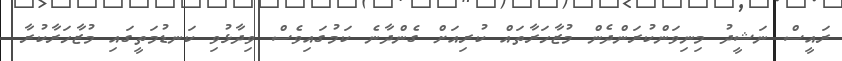
ރައީސް ނަޝީދު މިނިވަންކުރަންދެން މުޒާހަރާތައް ކުރިއަށް ގެންދާނެ ކަމުގައިވެސް ވިދާޅުވި ކަނޑުމަތީގައި މުޒާހަރާކުރާ